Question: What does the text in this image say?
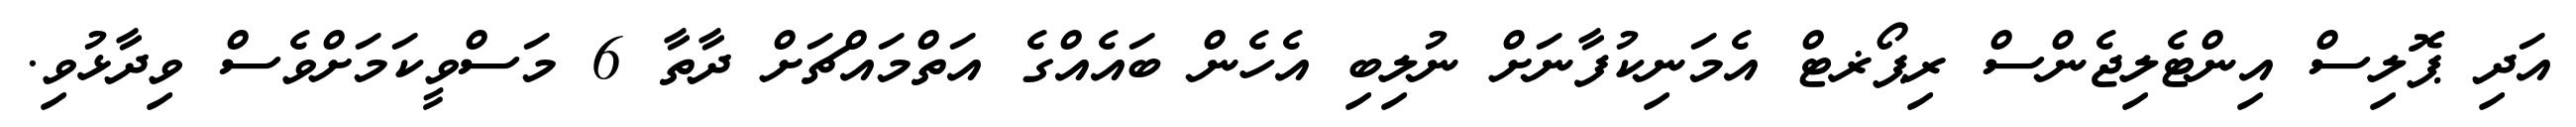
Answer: އަދި ޕޮލިސް އިންޓެލިޖެންސް ރިޕޯޜޓް އެމަނިކުފާނަށް ނުލިބި އެހެން ބައެއްގެ އަތްމައްޗަށް ދާތާ 6 މަސްވީކަމަށްވެސް ވިދާޅުވި.